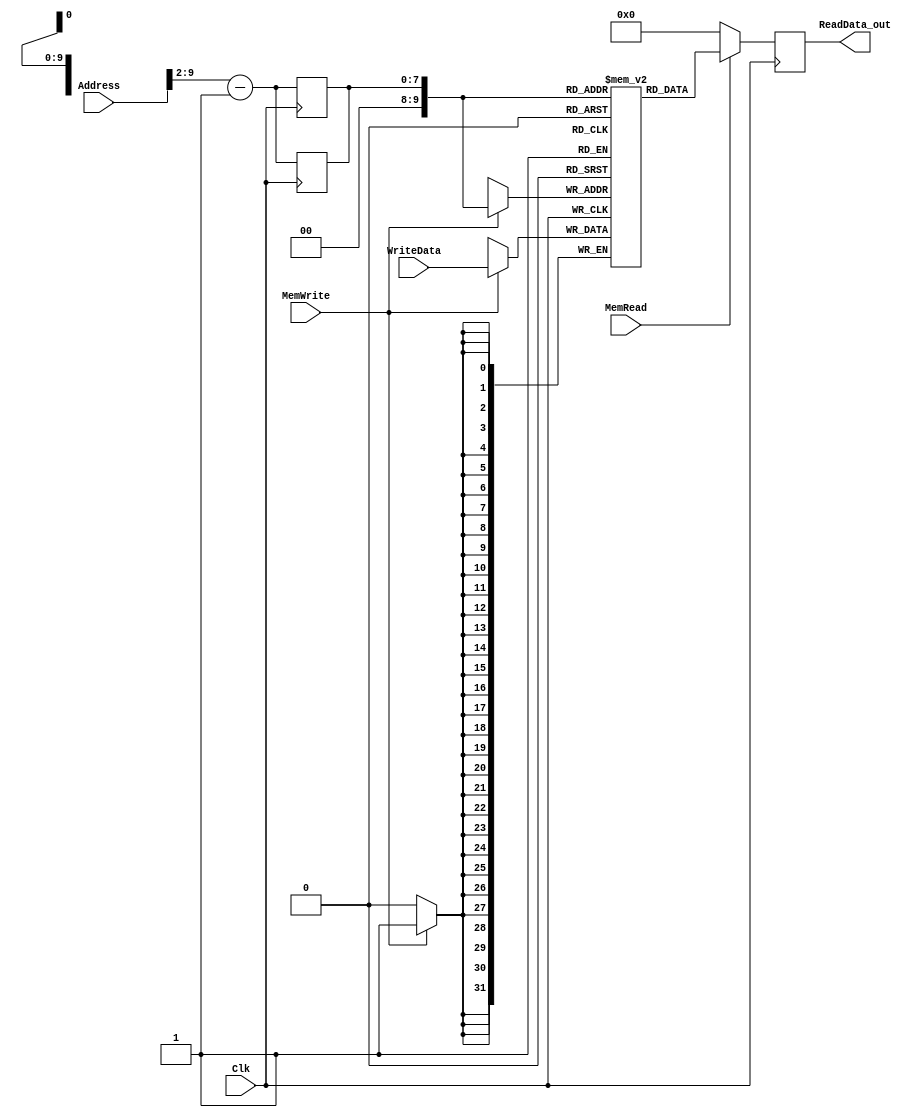
`timescale 1ns / 1ps

////////////////////////////////////////////////////////////////////////////////
// ECE369 - Computer Architecture
// 
// Module - data_memory.v
// Description - 32-Bit wide data memory.
//
// INPUTS:-
// Address: 32-Bit address input port.
// WriteData: 32-Bit input port.
// Clk: 1-Bit Input clock signal.
// MemWrite: 1-Bit control signal for memory write.
// MemRead: 1-Bit control signal for memory read.
//
// OUTPUTS:-
// ReadData: 32-Bit registered output port.
//
// FUNCTIONALITY:-
// Design the above memory similar to the 'RegisterFile' model in the previous 
// assignment.  Create a 1K memory, for which we need 10 bits.  In order to 
// implement byte addressing, we will use bits Address[11:2] to index the 
// memory location. The 'WriteData' value is written into the address 
// corresponding to Address[11:2] in the positive clock edge if 'MemWrite' 
// signal is 1. 'ReadData' is the value of memory location Address[11:2] if 
// 'MemRea'd is 1, otherwise, it is 0x00000000. The reading of memory is not 
// clocked.
//
// you need to declare a 2d array. in this case we need an array of 1024 (1K)  
// 32-bit elements for the memory.   
// for example,  to declare an array of 256 32-bit elements, declaration is: reg[31:0] memory[0:255]
// if i continue with the same declaration, we need 8 bits to index to one of 256 elements. 
// however , address port for the data memory is 32 bits. from those 32 bits, least significant 2 
// bits help us index to one of the 4 bytes within a single word. therefore we only need bits [9-2] 
// of the "Address" input to index any of the 256 words. 
////////////////////////////////////////////////////////////////////////////////

module DataMemory(Address, WriteData, Clk, MemWrite, MemRead, ReadData_out); 

    input [31:0] Address; 	// Input Address 
    input [31:0] WriteData; // Data that needs to be written into the address 
    input Clk;
    input MemWrite; 		// Control signal for memory write 
    input MemRead; 			// Control signal for memory read 
    integer i = 0;
    output reg[31:0] ReadData_out; // Contents of memory location at Address
   // reg [31:0] temp;
    reg [7:0] Index;
    reg [31:0] memory [0:1023];
    
    initial begin
        for(i = 0; i< 1024;i=i+1)begin
            if(i == 0) begin
                memory[i] <= 32'h02108824;//00000000;  // 1
            end
//            else if(i == 1) begin
//                memory[i] <= 32'h00000001;  //  2
//            end
//            else if(i == 2) begin
//                memory[i] <= 32'h00000002;  //  2
//            end
//            else if(i == 3) begin
//                memory[i] <= 32'h00000003;  //  2
//            end
//            else if(i == 4) begin
//                memory[i] <= 32'h00000004;  //  2
//            end
//            else if(i == 5) begin
//                memory[i] <=-32'h00000001;  //  2
//            end
            else begin
                memory[i] <= 32'd0;
            end
        end
    end
    
	always @(posedge Clk) begin
	Index <= Address[9:2] - 1;
        if (MemWrite == 1'b1) begin
            memory[Index] <= WriteData;
        end
    end    
    
    always @(negedge Clk) begin
        Index <= Address[9:2] - 1;
        if (MemRead == 1'b1) begin
           ReadData_out <= memory[Index];
        end
        else if (MemRead == 0) begin
           ReadData_out <= 32'h0; 
        end   
    end 
        
endmodule